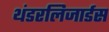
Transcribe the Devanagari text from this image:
थंडरलिजार्डस